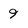
Character: 9